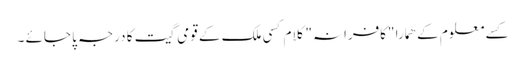
کسے معلوم کے ھمارا "کافرانہ" کلام کسی ملک کے قومی گیت کا درجہ پا جائے ۔